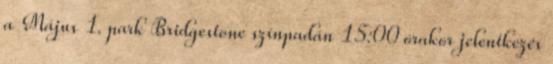
a Május 1. park Bridgestone színpadán 15:00 órakor jelentkezés